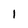
Character: I